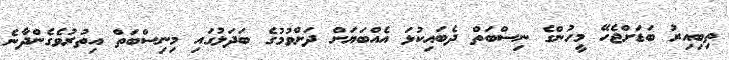
ތިބިއިރު ބަޑަށްޖެހޭ މީހުންގެ ނިސްބަތް ދެބައިކުޅަ އެއްބަަޔަށް ދަށްވުމުގެ ބަދަލުގައި މިނިސްބަތް އިތުރުވެގެންދާނެ